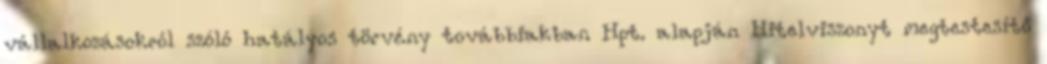
vállalkozásokról szóló hatályos törvény továbbiakban Hpt. alapján Hitelviszonyt megtestesítő